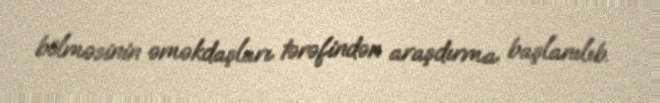
bölməsinin əməkdaşları tərəfindən araşdırma başlanılıb.